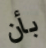
بأن